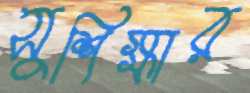
সুশিক্ষার